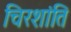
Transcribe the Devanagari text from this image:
चिरशांति